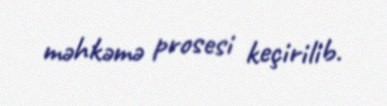
məhkəmə prosesi keçirilib.